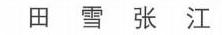
田 雪 张 江